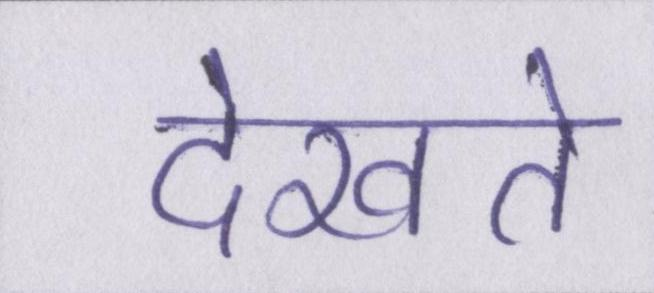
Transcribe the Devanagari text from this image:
देखते